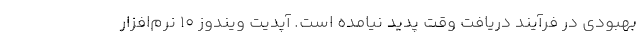
بهبودی در فرآیند دریافت وقت پدید نیامده است. آپدیت ویندوز 10 نرم‌افزار